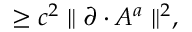
\geq c ^ { 2 } \parallel \partial \cdot A ^ { a } \parallel ^ { 2 } ,